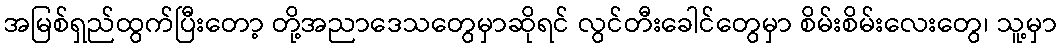
အမြစ်ရှည်ထွက်ပြီးတော့ တို့အညာဒေသတွေမှာဆိုရင် လွင်တီးခေါင်တွေမှာ စိမ်းစိမ်းလေးတွေ၊ သူ့မှာ